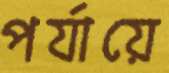
পর্যায়ে